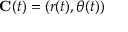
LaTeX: \mathbf { C } ( t ) = ( r ( t ) , \theta ( t ) )